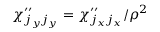
\chi _ { j _ { y } j _ { y } } ^ { \prime \prime } = \chi _ { j _ { x } j _ { x } } ^ { \prime \prime } / \rho ^ { 2 }